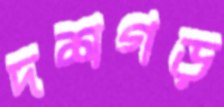
দশগড়